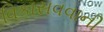
વિકાસવવાની